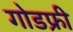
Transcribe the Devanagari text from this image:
गोडफ्री